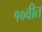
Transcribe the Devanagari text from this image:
१०वीत